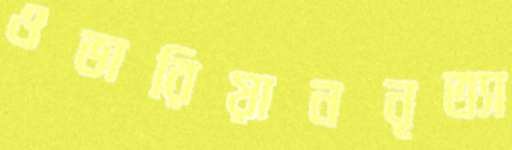
ওভারিয়াননৃত্যা